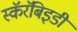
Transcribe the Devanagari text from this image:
स्कॅरॅबिइडी